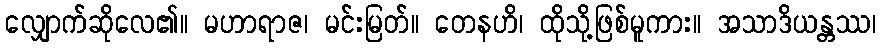
လျှောက်ဆိုလေ၏။ မဟာရာဇ၊ မင်းမြတ်။ တေနဟိ၊ ထိုသို့ဖြစ်မူကား။ အသာဒိယန္တဿ၊